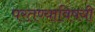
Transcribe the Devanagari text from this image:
परतण्याविषयी